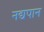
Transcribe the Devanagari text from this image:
नद्यपान